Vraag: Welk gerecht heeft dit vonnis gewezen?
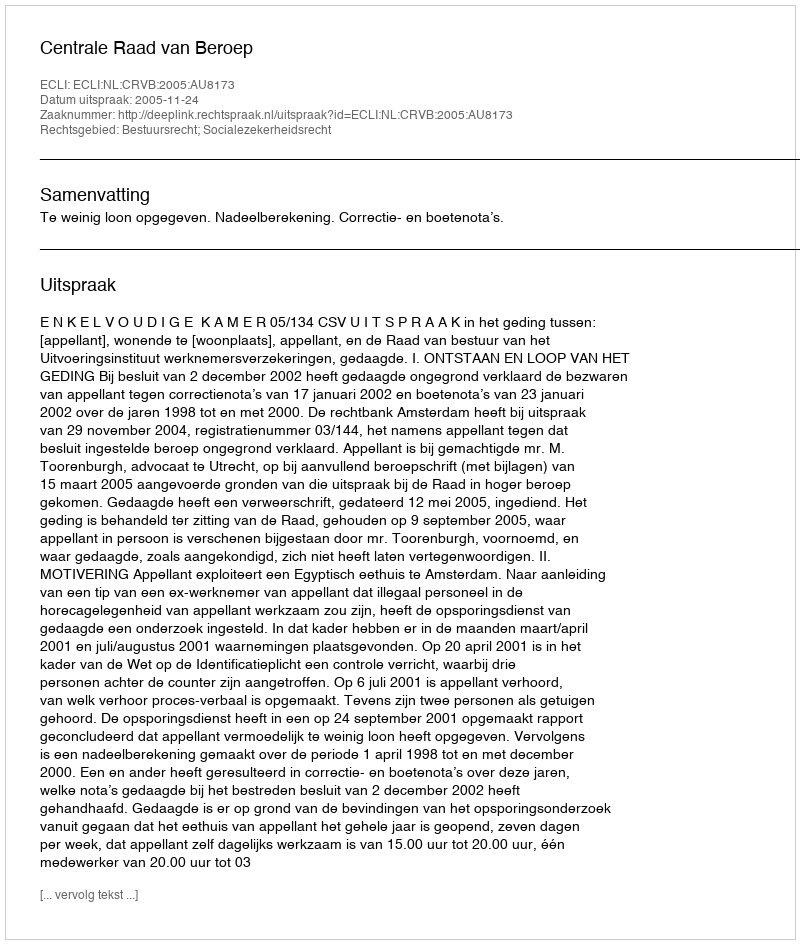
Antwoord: Centrale Raad van Beroep